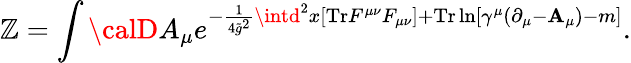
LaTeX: \mathbb{Z}=\int{\calD}A_{\mu}e^{-{\frac{{1}}{{4{\tilde{{g}}}^{2}}}}\intd^{2}x[\mathrm{{Tr}}F^{\mu\nu}F_{\mu\nu}]+\mathrm{{Tr}}\ln[\gamma^{\mu}(\partial_{\mu}-{\mathbf{A}}_{\mu})-m]}.